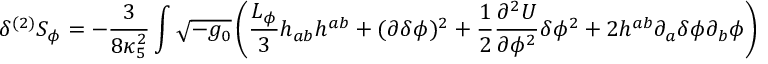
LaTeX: \delta ^ { ( 2 ) } S _ { \phi } = - \frac { 3 } { 8 \kappa _ { 5 } ^ { 2 } } \int \sqrt { - g _ { 0 } } \left( \frac { { \cal L } _ { \phi } } { 3 } h _ { a b } h ^ { a b } + ( \partial \delta \phi ) ^ { 2 } + \frac { 1 } { 2 } \frac { \partial ^ { 2 } U } { \partial \phi ^ { 2 } } \delta \phi ^ { 2 } + 2 h ^ { a b } \partial _ { a } \delta \phi \partial _ { b } \phi \right)